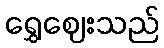
ရွှေဈေးသည်